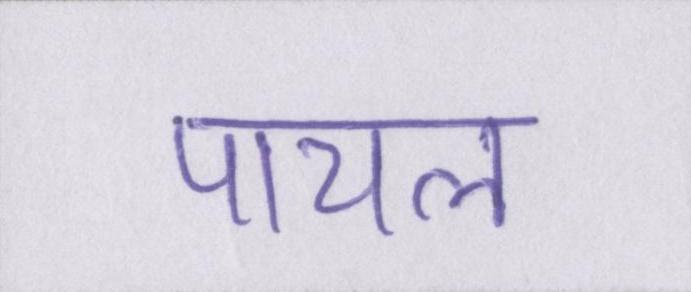
पायल